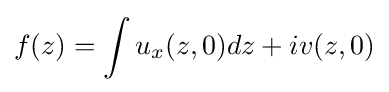
f(z)=\int u_{x}(z,0)dz+iv(z,0)